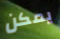
يمكن